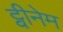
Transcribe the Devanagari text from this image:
ट्वीनेम